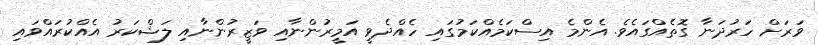
ވަރަށް ހަރުދަނާ ގޮތެއްގައެވެ. އެންމެ އިސްކަމެއްކަމުގައި ހެއްދެވީ އަމީރުންނާއި ވަޒީރުންނާއި ލަޝްކަރު އެއްކުރައްވައި